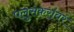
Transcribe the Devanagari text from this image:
पलुसकरांवर